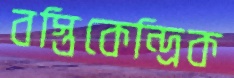
বস্তিকেন্দ্রিক